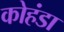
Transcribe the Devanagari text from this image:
कोहंडा